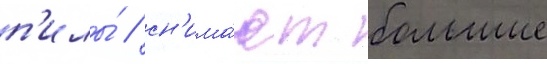
п'илы́ / сн'има́ют большие